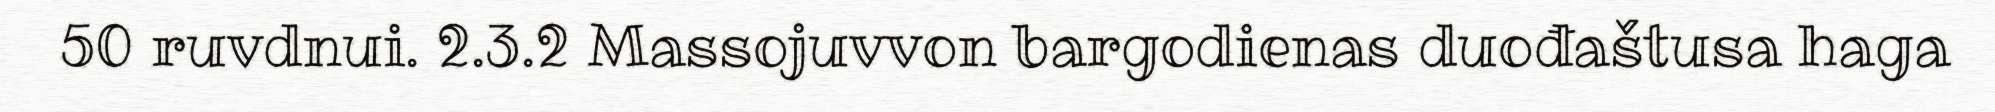
50 ruvdnui. 2.3.2 Massojuvvon bargodienas duođaštusa haga